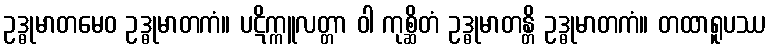
ဥဒ္ဓုမာတမေဝ ဥဒ္ဓုမာတကံ။ ပဋိက္ကူလတ္တာ ဝါ ကုစ္ဆိတံ ဥဒ္ဓုမာတန္တိ ဥဒ္ဓုမာတကံ။ တထာရူပဿ